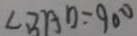
\angle B A D = 9 0 ^ { \circ }